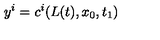
y ^ { i } = c ^ { i } ( L ( t ) , x _ { 0 } , t _ { 1 } )